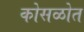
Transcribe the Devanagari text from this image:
कोसळोत